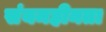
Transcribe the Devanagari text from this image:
संयमहीनता